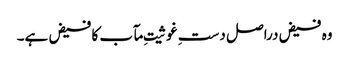
وہ فیض دراصل دستِ غوثیتِ مآب کا فیض ہے۔